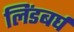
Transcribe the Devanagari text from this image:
लिंडबर्घ